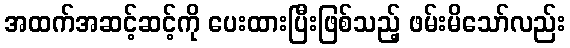
အထက်အဆင့်ဆင့်ကို ပေးထားပြီးဖြစ်သည့် ဖမ်းမိသော်လည်း